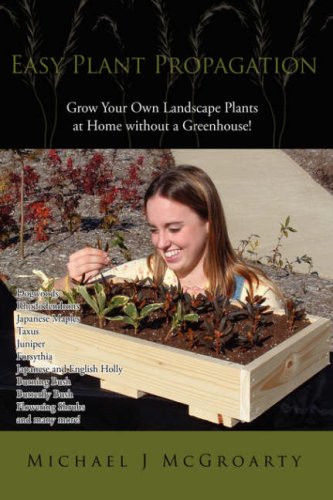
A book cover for Easy Plant Propagation; Michael J McGroarty; Crafts, Hobbies & Home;